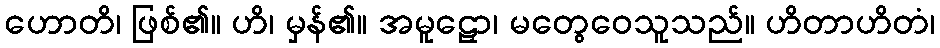
ဟောတိ၊ ဖြစ်၏။ ဟိ၊ မှန်၏။ အမူဠှော၊ မတွေဝေသူသည်။ ဟိတာဟိတံ၊